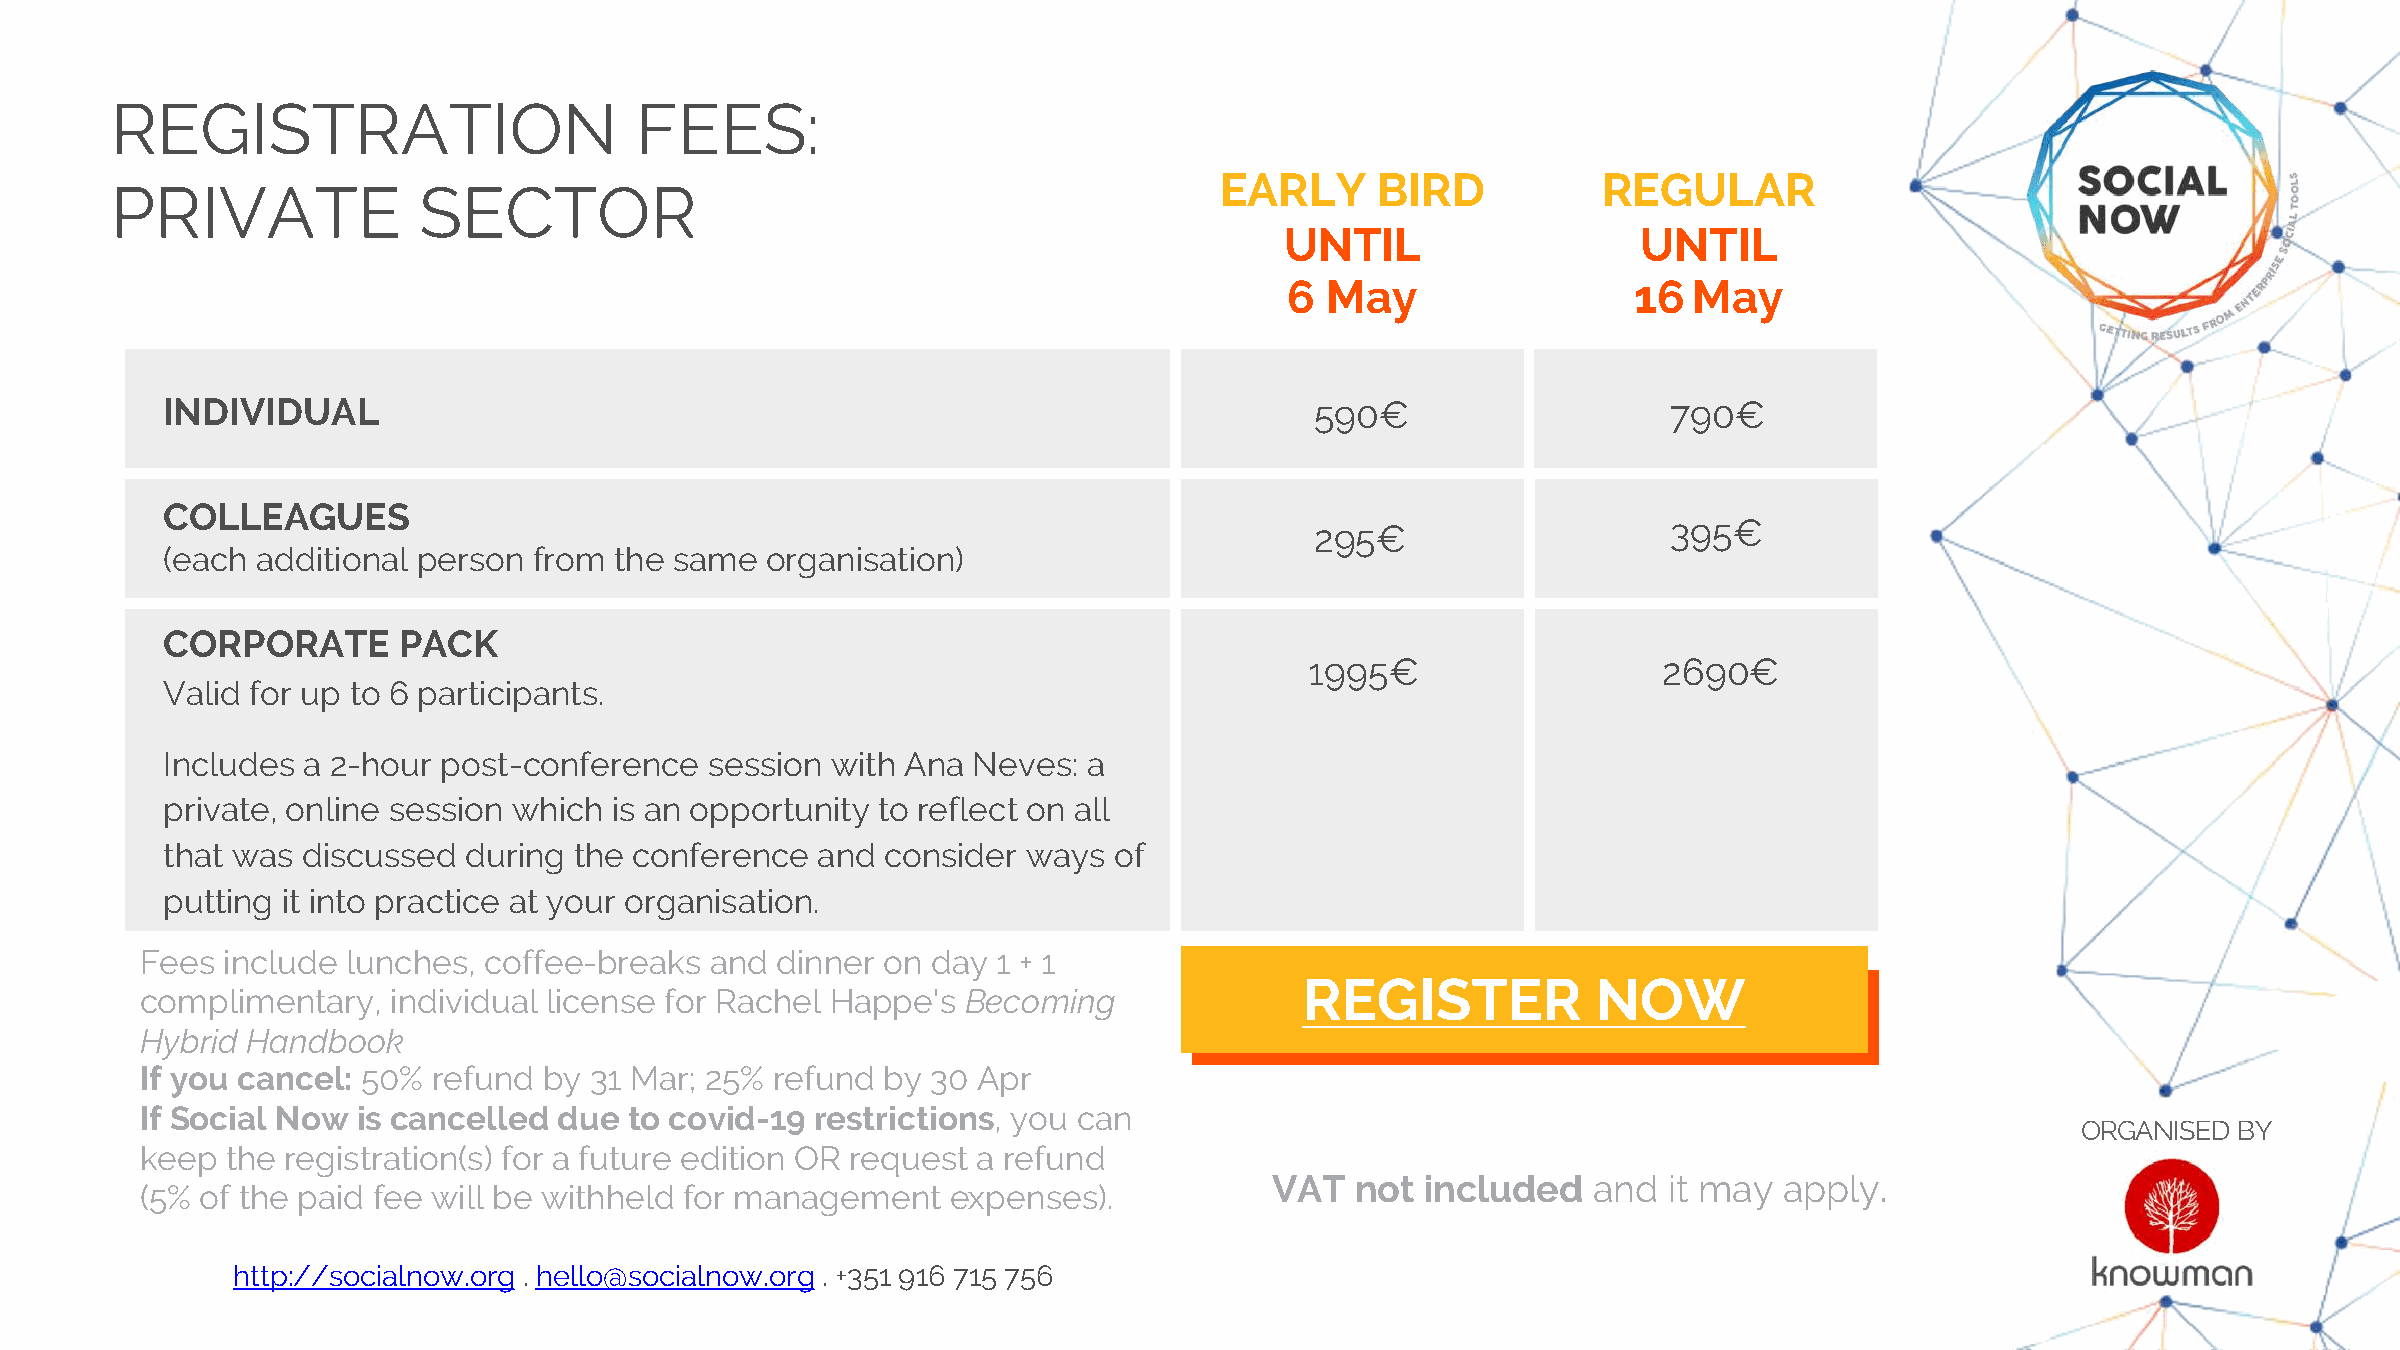
REGISTRATION                       FEES:
 EARLY     BIRD           REGULAR
 PRIVATE              SECTOR
 UNTIL                   UNTIL
 6  May                 16  May
 590€
 INDIVIDUAL                                                                  590€                    790€
 COLLEAGUES
 295€                    395€
 (each additional person from  the same  organisation)
 CORPORATE      PACK
 1995€                  2690€
 Valid for up to 6 participants.
 Includes a 2-hour post-conference   session with Ana Neves:  a
 private, online session which is an opportunity to reflect on all
 that was discussed  during the conference  and  consider ways  of
 putting it into practice at your organisation.
 Fees  include lunches, coffee-breaks  and dinner on  day 1 + 1
 REGISTER            NOW
 complimentary,   individual license for Rachel Happe's Becoming
 Hybrid Handbook
 If you cancel: 50%  refund by 31 Mar; 25% refund by  30 Apr
 If Social Now  is cancelled due  to covid-19 restrictions, you can
 ORGANISED BY
 keep  the registration(s) for a future edition OR request a refund
 VAT   not included   and  it may  apply.
 (5% of the paid fee will be withheld for management   expenses).
 http://socialnow.org . hello@socialnow.org . +351 916 715 756